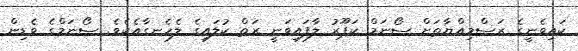
ކައިވެނީގެ ރަސްމިއްޔާތަށް ސޯނަމް ކަޕޫރު ލާފައިވަނީ ރަތް ކުލައިގެ ލެހެނގާއެކެވެ. ސޯނަމްގެ ވެޑިން